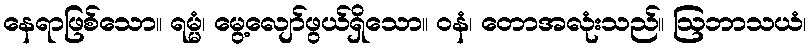
နေရာဖြစ်သော။ ရမ္မံ၊ မွေ့လျော်ဖွယ်ရှိသော။ ဝနံ၊ တောအလုံးသည်။ ဩဘာသယံ၊